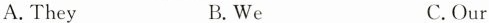
A.They B.We C.Our